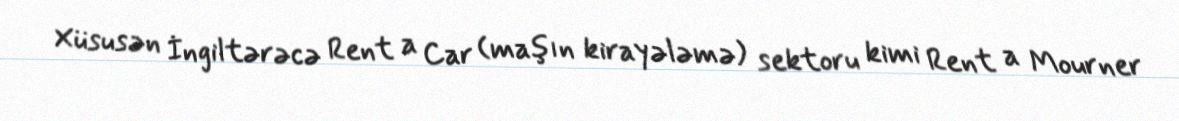
Xüsusən İngiltərəcə Rent a Car (maşın kirayələmə) sektoru kimi Rent a Mourner